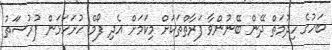
ބަހުގެ ހިދުމަތް ދޭން ބޭނުންވާ ފަރާތްތަކަށް މިކަމަށް އެދި ފޯމް ހުށަހަޅަން ފުރުސަަތު